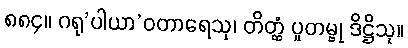
၈၈၄။ ဂရု’ပါယာ’ဝတာရေသု၊ တိတ္ထံ ပူတမ္ဗု ဒိဋ္ဌိသု။